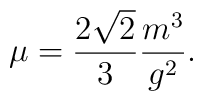
\mu = \frac{2 \sqrt{2}}{3} \frac{m^3}{g^2}.